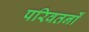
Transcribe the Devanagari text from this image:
परिवतर्नों